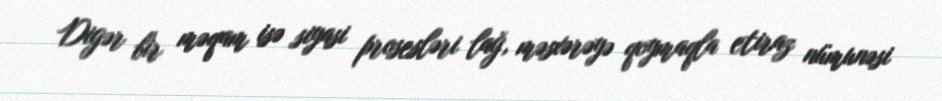
Digər bir məqam isə siyasi prosesləri lağ, məsxərəyə qoymaqla etiraz nümunəsi